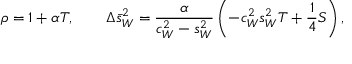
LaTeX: \rho = 1 + \alpha T , \qquad \Delta \bar { s } _ { W } ^ { 2 } = { \frac { \alpha } { c _ { W } ^ { 2 } - s _ { W } ^ { 2 } } } \left( - c _ { W } ^ { 2 } s _ { W } ^ { 2 } T + { \frac { 1 } { 4 } } S \right) ,